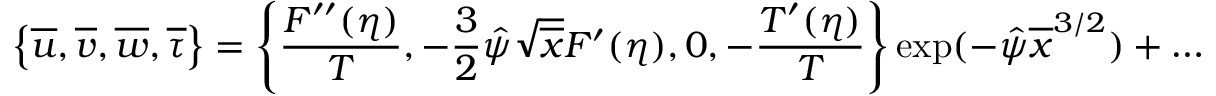
\left\lbrace \overline { { u } } , \overline { { v } } , \overline { { w } } , \overline { { \tau } } \right\rbrace = \left\lbrace \frac { F ^ { \prime \prime } ( \eta ) } { T } , - \frac { 3 } { 2 } \hat { \psi } \sqrt { \overline { { x } } } F ^ { \prime } ( \eta ) , 0 , - \frac { T ^ { \prime } ( \eta ) } { T } \right\rbrace \exp ( - \hat { \psi } \overline { { x } } ^ { 3 / 2 } ) + \ldots